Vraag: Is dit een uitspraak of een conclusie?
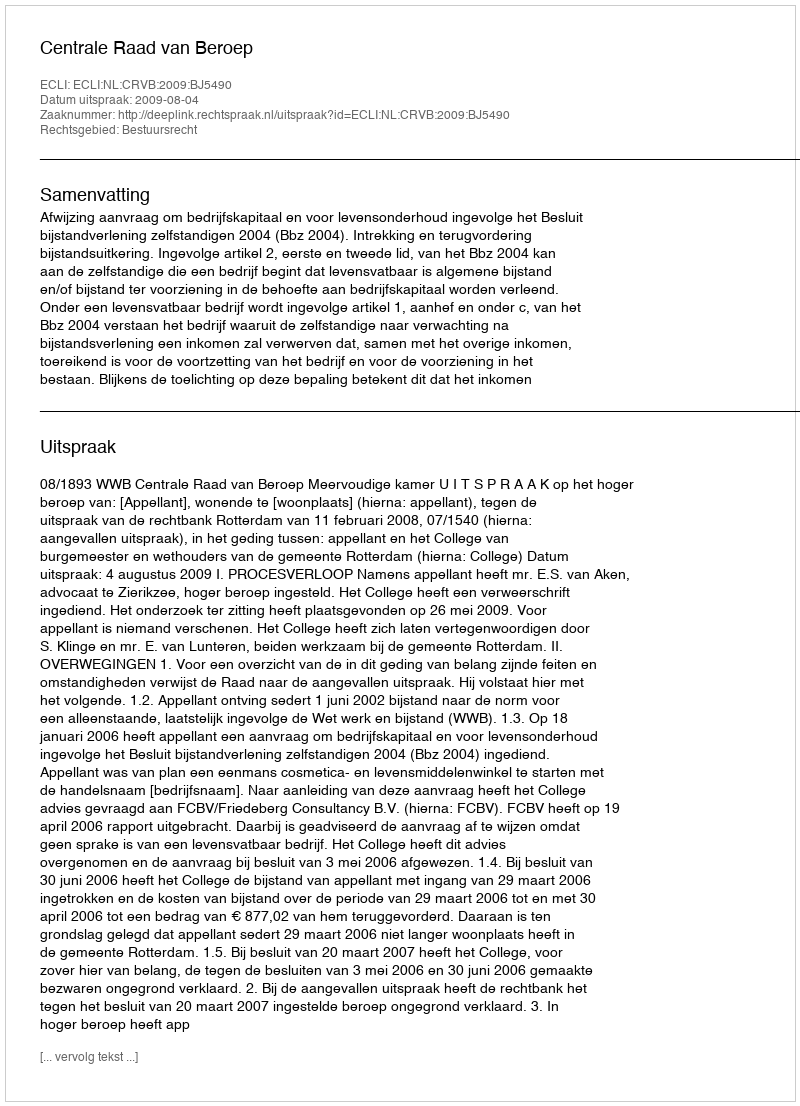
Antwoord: Uitspraak